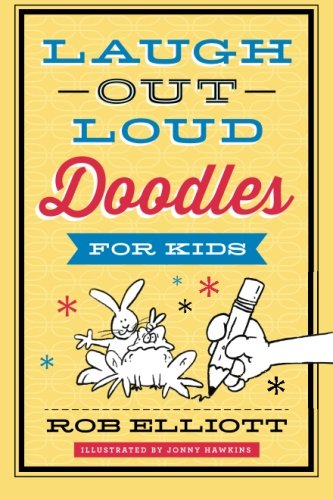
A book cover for Laugh-Out-Loud Doodles for Kids; Rob Elliott; Children's Books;